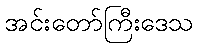
အင်းတော်ကြီးဒေသ